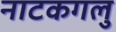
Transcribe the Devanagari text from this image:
नाटकगलु